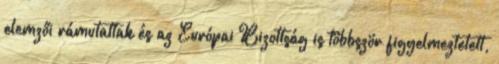
elemzői rámutattak és az Európai Bizottság is többször figyelmeztetett,